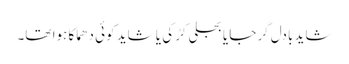
شاید بادل گرجا یا بجلی کڑکی یا شاید کوئی دھماکا ہوا تھا۔